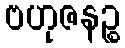
ဗဟုဇနဉ္စ